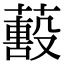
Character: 𦿓